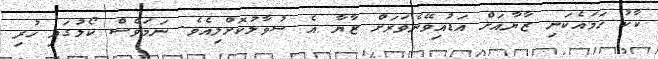
ކާކު ހަމައެކަނި ޒާޔާއަށް އަޑުއިވޭނެވަރަށް ޒާޔާ އެ ސުވާލުކޮށްލިއެވެ. ނަމަވެސް ކޯލުގައި ހުރި